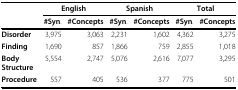
|  | <COLSPAN=2> English | <COLSPAN=2> Spanish | <COLSPAN=2> Total |
 |  | #Syn. | #Concepts | #Syn. | #Concepts | #Syn. | #Concepts |
 | --- | --- | --- | --- | --- | --- | --- |
 | Disorder | 3,975 | 3,063 | 2,231 | 1,602 | 4,362 | 3,275 |
 | Finding | 1,690 | 857 | 1,866 | 759 | 2,855 | 1,018 |
 | Body Structure | 5,554 | 2,747 | 5,076 | 2,616 | 7,077 | 3,295 |
 | Procedure | 557 | 405 | 536 | 377 | 775 | 501 |